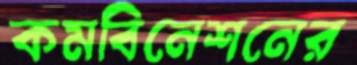
কমবিনেশনের